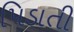
પિડાતી